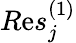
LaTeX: {R\mathrm{e}s}_{j}^{(1)}